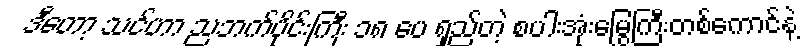
ဒီတော့ သင်ဟာ ညဘက်ပိုင်းကြီး ၁၈ ပေ ရှည်တဲ့ စပါးအုံးမြွေကြီးတစ်ကောင်နဲ့